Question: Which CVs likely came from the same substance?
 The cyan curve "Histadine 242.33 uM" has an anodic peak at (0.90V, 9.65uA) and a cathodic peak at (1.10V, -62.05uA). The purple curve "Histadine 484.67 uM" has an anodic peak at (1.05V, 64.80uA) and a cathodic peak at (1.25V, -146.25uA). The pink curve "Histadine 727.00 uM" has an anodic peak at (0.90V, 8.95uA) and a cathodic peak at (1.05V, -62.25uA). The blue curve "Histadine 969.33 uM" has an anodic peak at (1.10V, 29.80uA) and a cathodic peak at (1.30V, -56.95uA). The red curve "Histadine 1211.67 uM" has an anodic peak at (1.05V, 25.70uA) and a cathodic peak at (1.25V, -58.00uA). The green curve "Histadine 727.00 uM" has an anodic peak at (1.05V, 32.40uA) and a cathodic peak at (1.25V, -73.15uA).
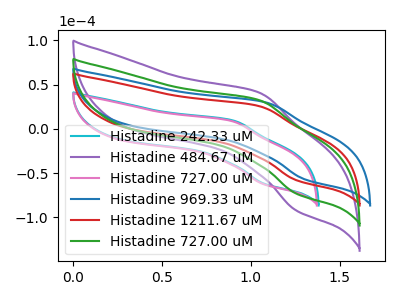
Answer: <think>"Histadine 242.33 uM" and "Histadine 484.67 uM" have at least one peak that do not match. All the peaks in "Histadine 242.33 uM" have a peak in "Histadine 727.00 uM" at the same potential. "Histadine 242.33 uM" and "Histadine 969.33 uM" have at least one peak that do not match. "Histadine 242.33 uM" and "Histadine 1211.67 uM" have at least one peak that do not match. "Histadine 242.33 uM" and "Histadine 727.00 uM" have at least one peak that do not match. "Histadine 484.67 uM" and "Histadine 727.00 uM" have at least one peak that do not match. All the peaks in "Histadine 484.67 uM" have a peak in "Histadine 969.33 uM" at the same potential. Every peak in "Histadine 484.67 uM" is higher than every peak in "Histadine 969.33 uM". All the peaks in "Histadine 484.67 uM" have a peak in "Histadine 1211.67 uM" at the same potential. Every peak in "Histadine 484.67 uM" is higher than every peak in "Histadine 1211.67 uM". All the peaks in "Histadine 484.67 uM" have a peak in "Histadine 727.00 uM" at the same potential. Every peak in "Histadine 484.67 uM" is higher than every peak in "Histadine 727.00 uM". "Histadine 727.00 uM" and "Histadine 969.33 uM" have at least one peak that do not match. "Histadine 727.00 uM" and "Histadine 1211.67 uM" have at least one peak that do not match. "Histadine 727.00 uM" and "Histadine 727.00 uM" have at least one peak that do not match. All the peaks in "Histadine 969.33 uM" have a peak in "Histadine 1211.67 uM" at the same potential. All the peaks in "Histadine 969.33 uM" have a peak in "Histadine 727.00 uM" at the same potential. Every peak in "Histadine 969.33 uM" is lower than every peak in "Histadine 727.00 uM". All the peaks in "Histadine 1211.67 uM" have a peak in "Histadine 727.00 uM" at the same potential. Every peak in "Histadine 1211.67 uM" is lower than every peak in "Histadine 727.00 uM".
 </think>
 <answer>"Histadine 1211.67 uM", "Histadine 484.67 uM", "Histadine 969.33 uM" and "Histadine 727.00 uM" have the same shape and are likely CV's of the same chemical.</answer>
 <eval>"Histadine 1211.67 uM" "Histadine 484.67 uM" "Histadine 969.33 uM" "Histadine 727.00 uM"</eval>